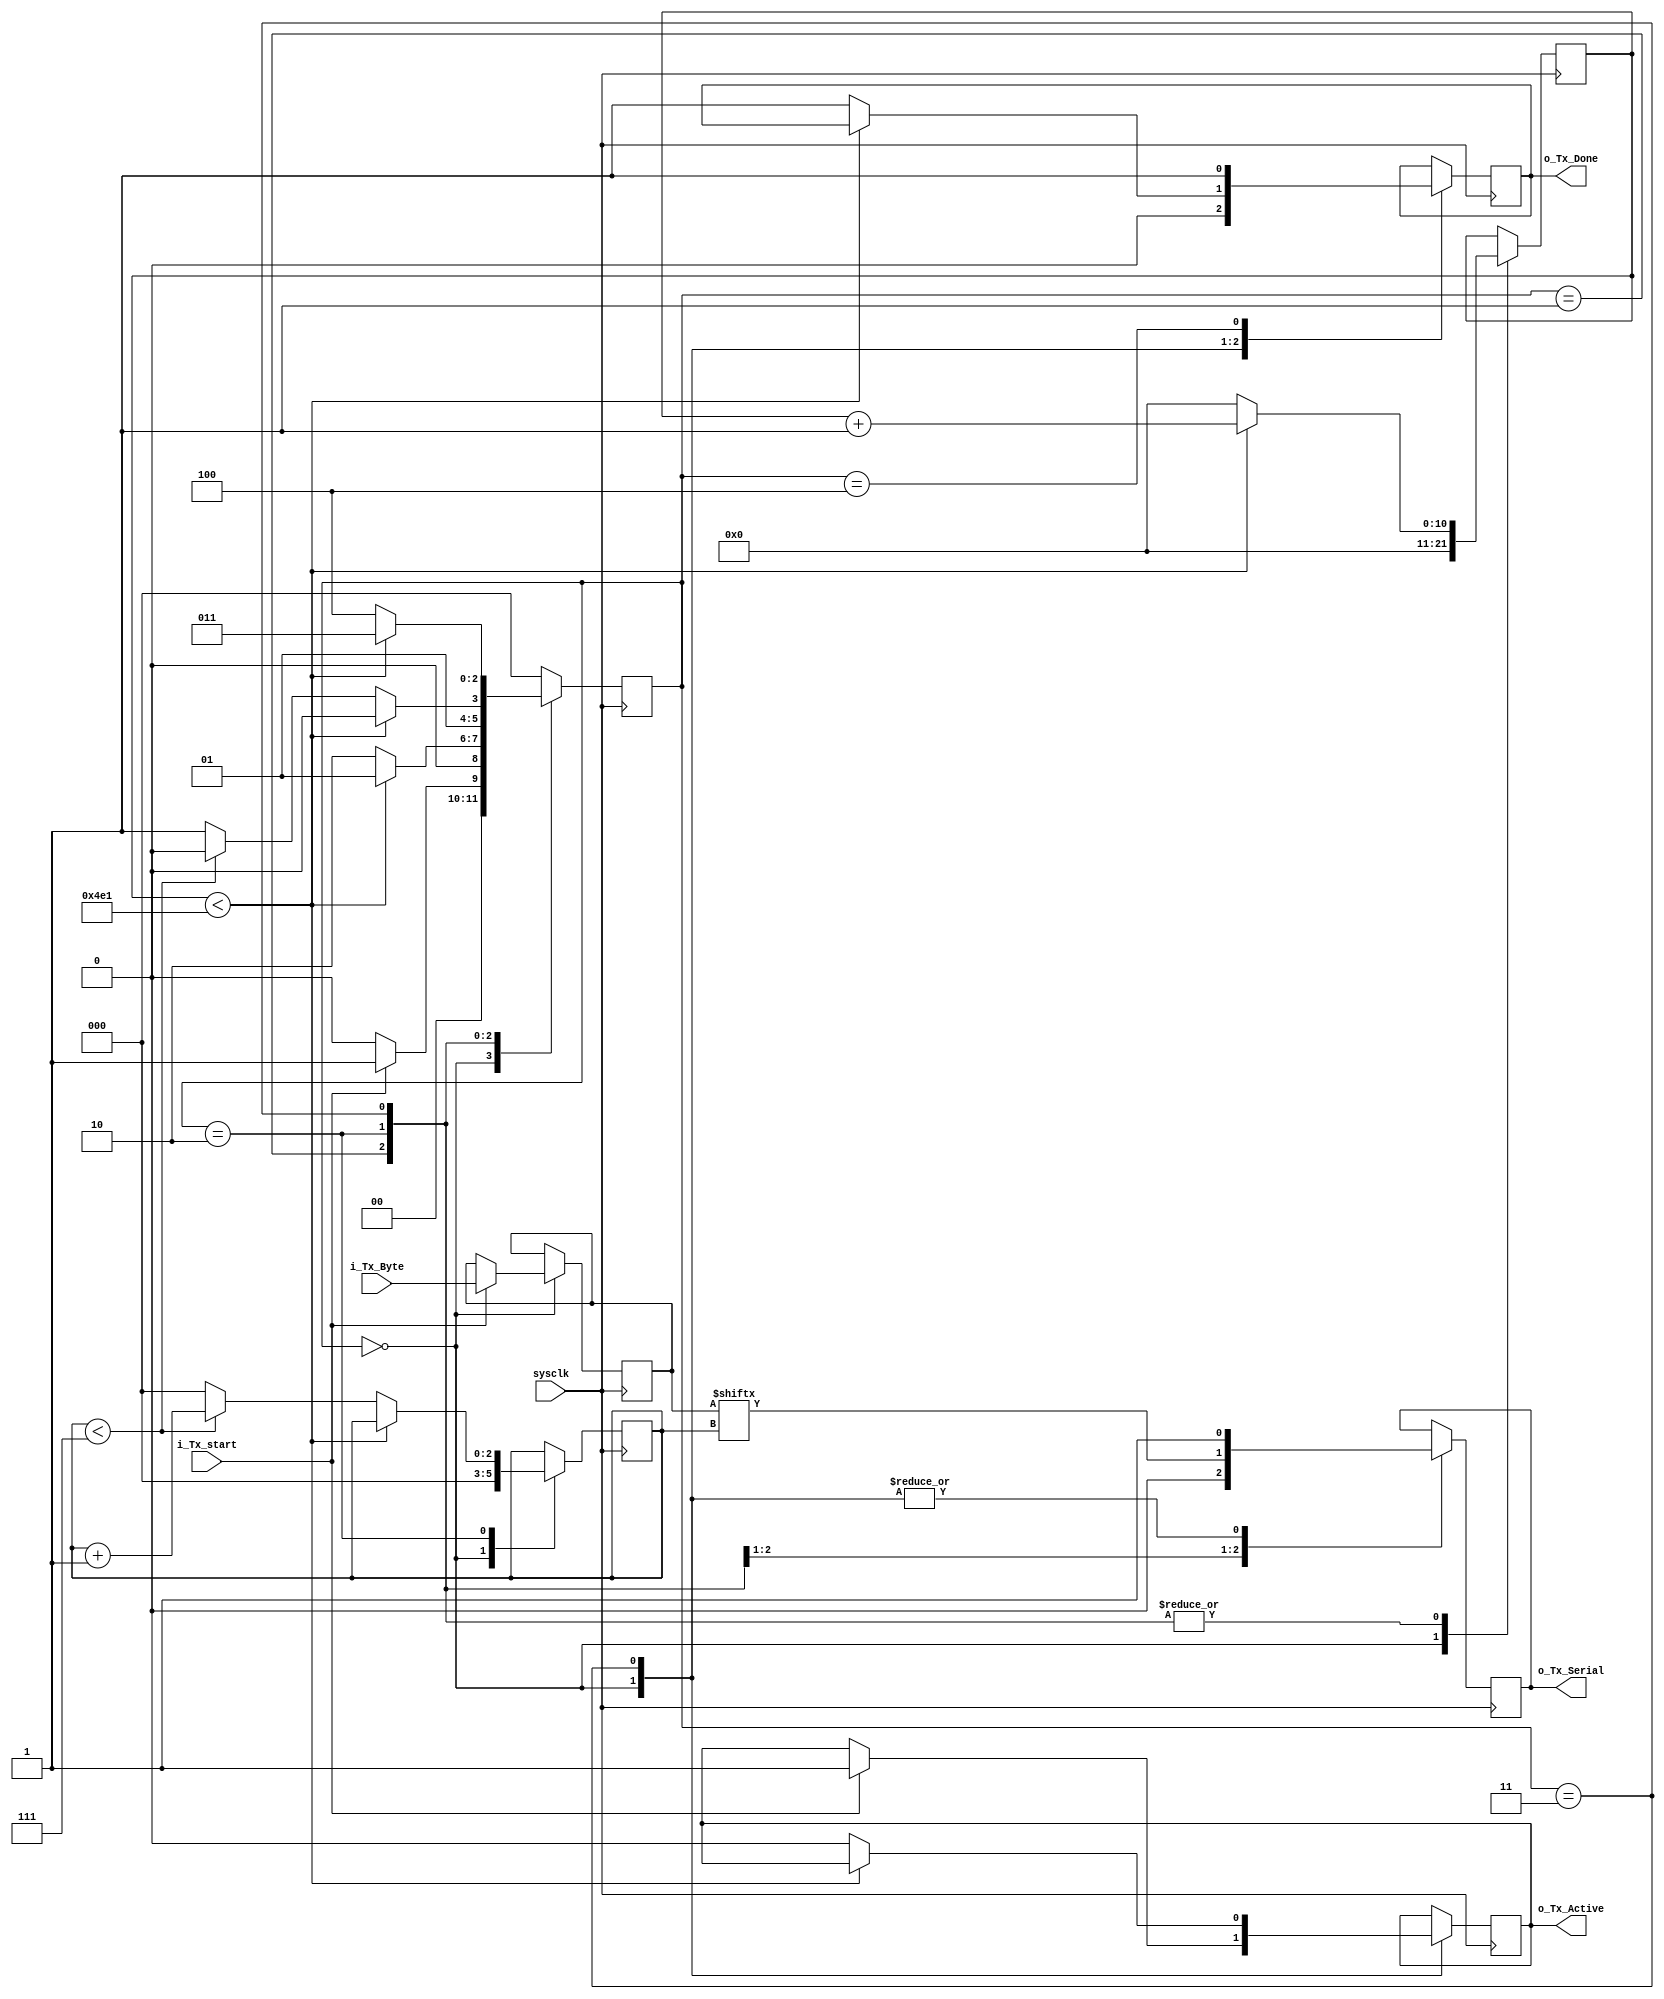
`timescale 1ns / 1ps
//////////////////////////////////////////////////////////////////////////////////
// Company: 
// Engineer: 
// 
// Design Name: 
// Module Name: UART_TX
// Project Name: 
// Target Devices: 
// Tool Versions: 
// Description: 
// 
// Dependencies: 
// 
// Revision:
// Revision 0.01 - File Created
// Additional Comments:
// 
//////////////////////////////////////////////////////////////////////////////////


module UART_TX(
    input sysclk,
    input [7:0] i_Tx_Byte,
    input i_Tx_start,
    output reg o_Tx_Serial,
    output o_Tx_Active,
    output o_Tx_Done
    );

 // States that this controller can be in
   parameter s_IDLE          = 3'b000;
   parameter s_TX_START_BIT  = 3'b001;
   parameter s_TX_DATA_BITS  = 3'b010;
   parameter s_TX_STOP_BIT   = 3'b011;
   parameter s_CLEANUP       = 3'b100;
   
   // 12Mhz / 9600 = 1250
   parameter CLKS_PER_BIT   = 1250;
   
   // Registers for iterating between different states through the message byte
   reg [2:0]        r_SM_Main = 0;
   reg [10:0]    r_Clock_Count = 0;
   reg [2:0]      r_Bit_Index = 0;
   reg [7:0]        r_Tx_Data = 0;
   reg              r_Tx_Done = 0;
   reg            r_Tx_Active = 0;
   
   // Assigning registers to output
   assign o_Tx_Active = r_Tx_Active;
   assign o_Tx_Done = r_Tx_Done;
   
   always @ (posedge sysclk) begin
       case (r_SM_Main)
           // State Idle
           s_IDLE:
               begin
                   // Drive Line high for Idle
                   o_Tx_Serial <= 1'b1;
                   
                   // Resett all other parameters
                   r_Tx_Done <= 1'b0;
                   r_Clock_Count <= 0;
                   r_Bit_Index <= 0;
                   
                   // Check for start sending condition
                   if (i_Tx_start == 1'b1) begin
                       r_Tx_Active <= 1'b1;
                       r_Tx_Data <= i_Tx_Byte;
                       r_SM_Main <= s_TX_START_BIT;
                       r_Tx_Done <= 0;
                   end else
                       r_SM_Main <= s_IDLE;
               end
           
           // State Start bit
           s_TX_START_BIT:
               begin
                   // Drive line low to signal start
                   o_Tx_Serial <= 1'b0;
                   
                   // Ensure we waited for long enough so that that we can move on to the next bit
                   if (r_Clock_Count < CLKS_PER_BIT - 1) begin
                       r_Clock_Count <= r_Clock_Count + 1;
                       r_SM_Main <= s_TX_START_BIT;
                   end else begin
                       r_Clock_Count <= 0;
                       r_SM_Main     <= s_TX_DATA_BITS;
                   end
               end
           
           // State send data byte
           s_TX_DATA_BITS:
               begin
                   o_Tx_Serial <= r_Tx_Data[r_Bit_Index];
                   
                   // Send each bit out as per baud rate
                   if (r_Clock_Count < CLKS_PER_BIT - 1) begin
                       r_Clock_Count <= r_Clock_Count + 1;
                       r_SM_Main <= s_TX_DATA_BITS;
                   end else begin
                       r_Clock_Count <= 0;
                       
                       // Iterate through the different bits
                       if (r_Bit_Index < 7) begin
                           r_Bit_Index <= r_Bit_Index + 1;
                           r_SM_Main <= s_TX_DATA_BITS;
                       end else begin
                           r_Bit_Index <= 0;
                           r_SM_Main <= s_TX_STOP_BIT;
                       end
                   end
               end
           
           // State ending bit
           s_TX_STOP_BIT:
               begin
                   o_Tx_Serial <= 1'b1;
                   
                   // Wait for next bit
                   if (r_Clock_Count < CLKS_PER_BIT - 1) begin
                       r_Clock_Count <= r_Clock_Count + 1;
                       r_SM_Main <= s_TX_STOP_BIT;
                   end else begin
                       r_Tx_Done <= 1'b1;
                       r_Clock_Count <= 0;
                       r_SM_Main <= s_CLEANUP;
                       r_Tx_Active <= 1'b0;
                   end
               end
           
           // Clean up for 1 clock for good measure
           s_CLEANUP:
               begin
                   r_Tx_Done <= 1'b1;
                   r_SM_Main <= s_IDLE;
               end
           
           // Default
           default: r_SM_Main <= s_IDLE;
       endcase    
   end
endmodule